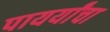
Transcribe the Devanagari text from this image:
पायर्यांचा